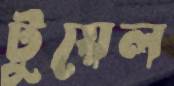
টুয়েল